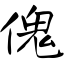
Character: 傀